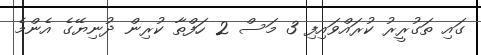
ގައި ތަގުރީރު ކުރައްވައިފި 3 މަސް 2 ހަފްތާ ކުރިން ދުނިޔޭގެ އެންމެ